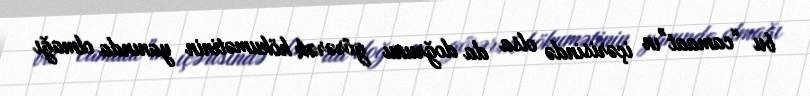
bu “camaat”ın içərisində olsa da doğrunu görərək hökumətinin yanında olmağı